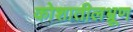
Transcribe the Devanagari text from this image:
कोशातीलभ्रूण